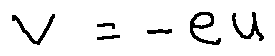
v = - e u